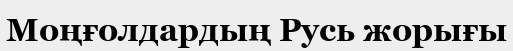
Моңғолдардың Русь жорығы